Report of the Bombay Veterinary College
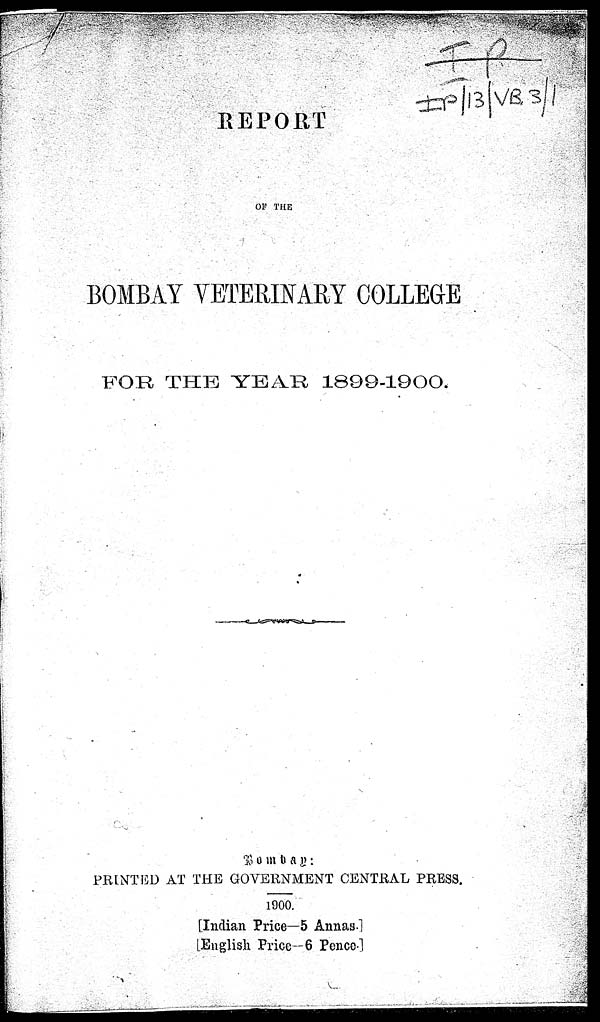
REPORT
OF THE
BOMBAY VETERINARY COLLEGE
FOR THE YEAR 1899-1900.
Bombay :
PRINTED AT THE GOVERNMENT CENTRAL PRESS.
1900.
[Indian Price—5 Annas.]
[English Price—6 Pence.]